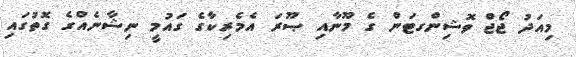
މިއަދު ޖޯޖް ވޮޝިންގޓަން ގެ މޫނާއި ޞޫރަ އެމެރިކާގެ ގައުމީ ނިޝާނެއްގެ ގޮތުގައި